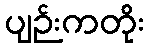
ပျဉ်းကတိုး